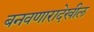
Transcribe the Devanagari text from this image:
बनवणारादेखील